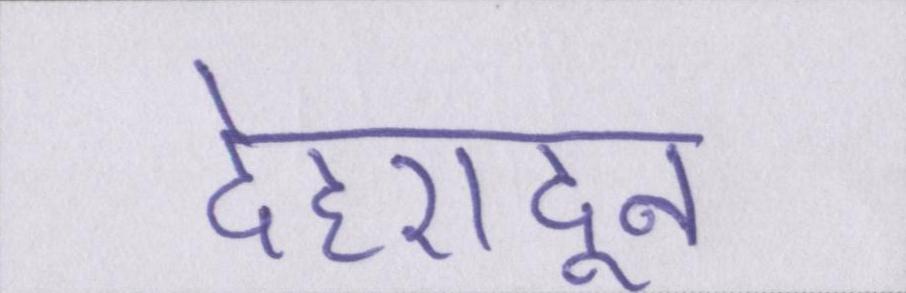
देहरादून